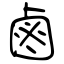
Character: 鹵